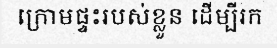
ក្រោមផ្ទះរបស់ខ្លួន ដើម្បីរក